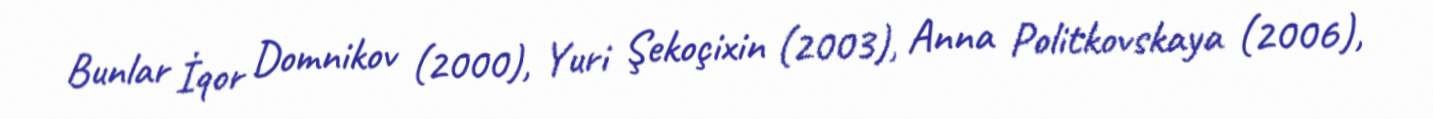
Bunlar İqor Domnikov (2000), Yuri Şekoçixin (2003), Anna Politkovskaya (2006),